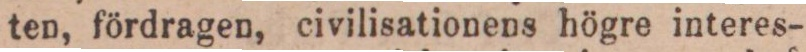
ten, fördragen, civilisationens högre interes-